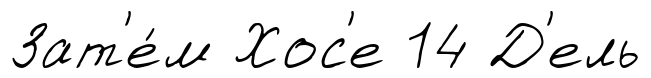
Зат'е́м Хос'е 14 Д'ель